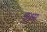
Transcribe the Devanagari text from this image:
सुक्ष्म्